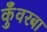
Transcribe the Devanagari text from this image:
कुँवरबा